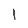
Character: 1